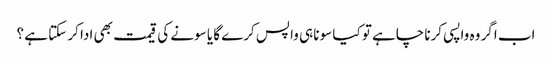
اب اگر وہ واپسی کرنا چاہے تو کیا سونا ہی واپس کرے گا یا سونے کی قیمت بھی ادا کر سکتا ہے ؟